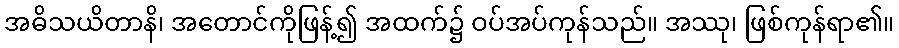
အဓိသယိတာနိ၊ အတောင်ကိုဖြန့်၍ အထက်၌ ဝပ်အပ်ကုန်သည်။ အဿု၊ ဖြစ်ကုန်ရာ၏။